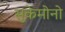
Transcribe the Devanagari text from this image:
सुकेमोनो